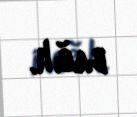
bağlı.